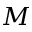
M